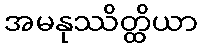
အမနုဿိတ္ထိယာ